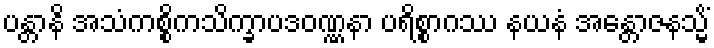
ပန္တာနိ အသံကစ္စိကသိက္ခာပဒဝဏ္ဏနာ ပရိစ္စာဂဿ နယနံ အန္တောဇနသ္မိံ